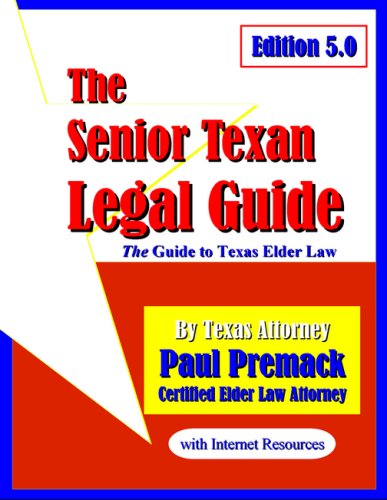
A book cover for The Senior Texan Legal Guide, Edition 5.0; Paul Premack; Law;